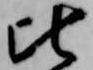
比